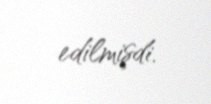
edilmişdi.